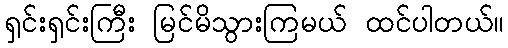
ရှင်းရှင်းကြီး မြင်မိသွားကြမယ် ထင်ပါတယ်။